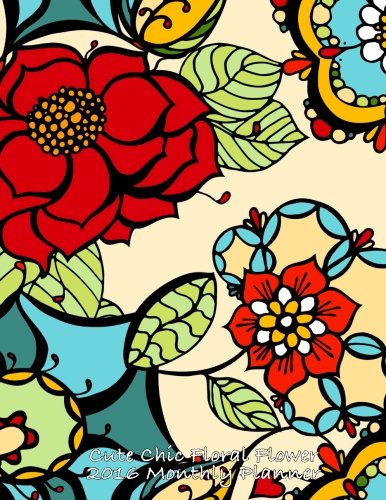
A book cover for Cute Chic Floral Flower 2016 Monthly Planner; Laura's Cute Planners; Business & Money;